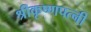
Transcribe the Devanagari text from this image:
श्रीकृष्णपत्नी